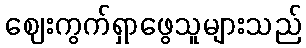
ဈေးကွက်ရှာဖွေသူများသည်